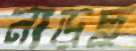
নাড়ছ